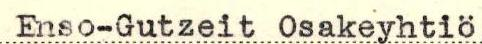
Enso-Gutzeit Osakeyhtiö